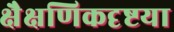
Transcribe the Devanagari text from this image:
क्षैक्षणिकदृष्टया